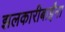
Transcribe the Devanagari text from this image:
झलकारीबाईंना